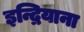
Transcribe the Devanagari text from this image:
इन्द्रियाना